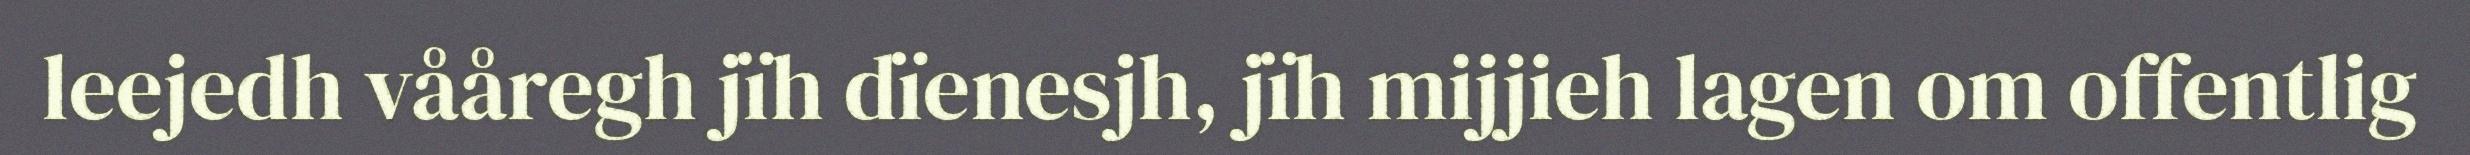
leejedh vååregh jïh dïenesjh, jïh mijjieh lagen om offentlig